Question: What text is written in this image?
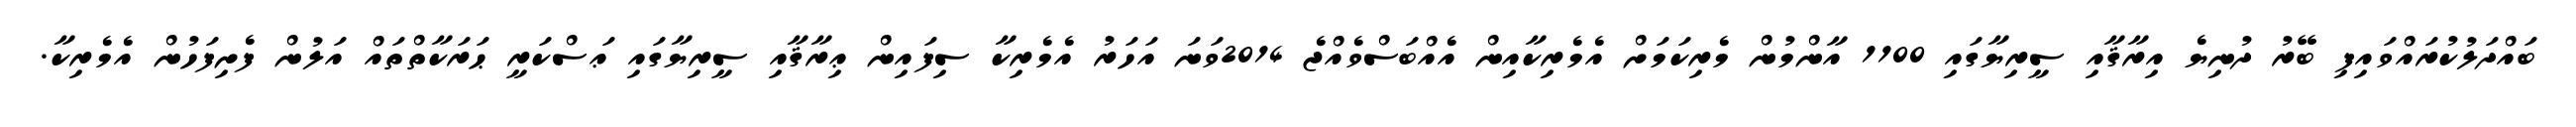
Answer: ބައްދަލުކުރައްވައިފި ބޭރު ދުނިޔެ އިރާޤާއި ސީރިޔާގައި 1100 އާންމުން މެރިކަމަށް އެމެރިކާއިން އެއްބަސްވެއްޖެ 2014ވަނަ އަހަރު އެމެރިކާ ސިފައިން ޢިރާޤާއި ސީރިޔާގައި ޢަސްކަރީ ޙަރަކާތްތައް އަލުން ފެށިފަހުން އެމެރިކާ.